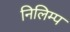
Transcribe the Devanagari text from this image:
निलिम्प